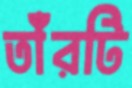
তাঁরটি